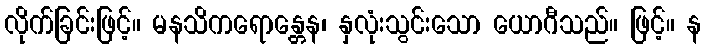
လိုက်ခြင်းဖြင့်။ မနသိကရောန္တေန၊ နှလုံးသွင်းသော ယောဂီသည်။ ဖြင့်။ န